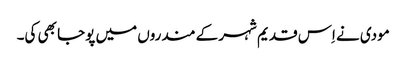
مودی نے اِس قدیم شہر کے مندروں میں پوجا بھی کی۔